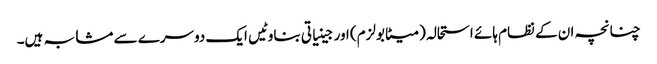
چنانچہ ان کے نظام ہائے استحالہ (میٹابولزم) اور جینیاتی بناوٹیں ایک دوسرے سے مشابہ ہیں۔